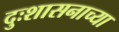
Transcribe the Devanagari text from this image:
दुःशासनाच्या